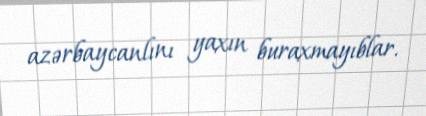
azərbaycanlını yaxın buraxmayıblar.